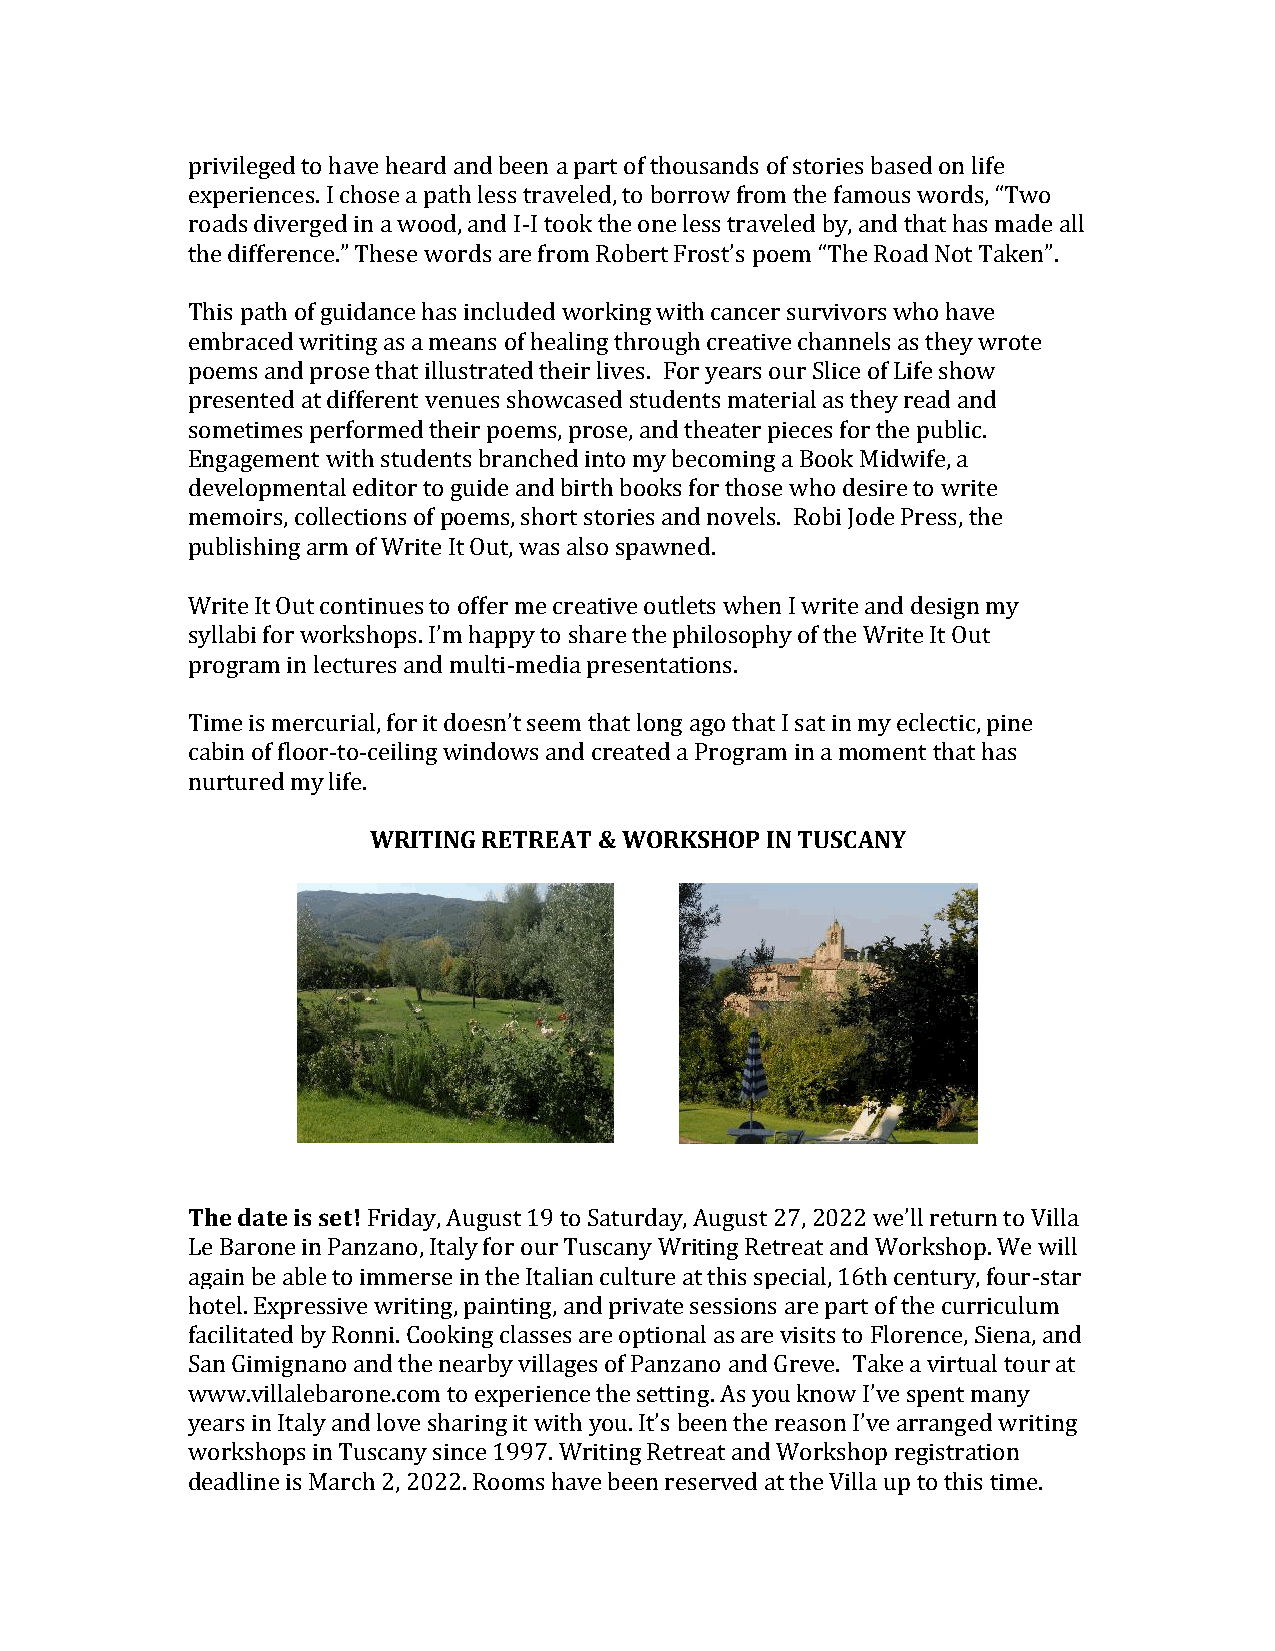
privileged to have heard and been a part of thousands of stories based on life
 experiences. I chose a path less traveled, to borrow from the famous words, “Two
 roads diverged in a wood, and I-I took the one less traveled by, and that has made all
 the difference.” These words are from Robert Frost’s poem “The Road Not Taken”.
 This path of guidance has included working with cancer survivors who have
 embraced writing as a means of healing through creative channels as they wrote
 poems and prose that illustrated their lives. For years our Slice of Life show
 presented at different venues showcased students material as they read and
 sometimes performed their poems, prose, and theater pieces for the public.
 Engagement with students branched into my becoming a Book Midwife, a
 developmental editor to guide and birth books for those who desire to write
 memoirs, collections of poems, short stories and novels. Robi Jode Press, the
 publishing arm of Write It Out, was also spawned.
 Write It Out continues to offer me creative outlets when I write and design my
 syllabi for workshops. I’m happy to share the philosophy of the Write It Out
 program in lectures and multi-media presentations.
 Time is mercurial, for it doesn’t seem that long ago that I sat in my eclectic, pine
 cabin of floor-to-ceiling windows and created a Program in a moment that has
 nurtured my life.
 WRITING RETREAT & WORKSHOP IN TUSCANY
 The date is set! Friday, August 19 to Saturday, August 27, 2022 we’ll return to Villa
 Le Barone in Panzano, Italy for our Tuscany Writing Retreat and Workshop. We will
 again be able to immerse in the Italian culture at this special, 16th century, four-star
 hotel. Expressive writing, painting, and private sessions are part of the curriculum
 facilitated by Ronni. Cooking classes are optional as are visits to Florence, Siena, and
 San Gimignano and the nearby villages of Panzano and Greve. Take a virtual tour at
 www.villalebarone.com to experience the setting. As you know I’ve spent many
 years in Italy and love sharing it with you. It’s been the reason I’ve arranged writing
 workshops in Tuscany since 1997. Writing Retreat and Workshop registration
 deadline is March 2, 2022. Rooms have been reserved at the Villa up to this time.